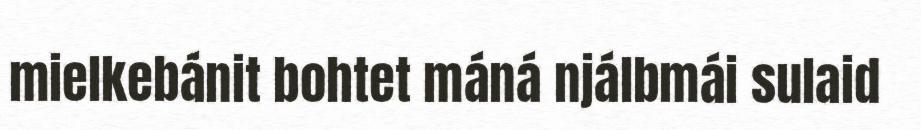
mielkebánit bohtet máná njálbmái sulaid